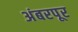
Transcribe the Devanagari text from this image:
अंबरपूर